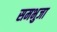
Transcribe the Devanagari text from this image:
समभुजा